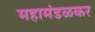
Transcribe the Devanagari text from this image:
महामंडळकर